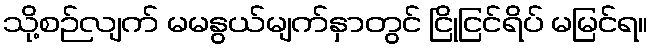
သို့စဉ်လျက် မမနွယ်မျက်နှာတွင် ငြိုငြင်ရိပ် မမြင်ရ။